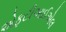
એફટીઆઈએલ